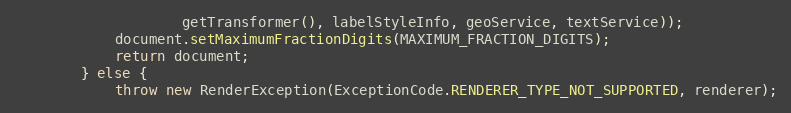
Language: Java
					getTransformer(), labelStyleInfo, geoService, textService));
			document.setMaximumFractionDigits(MAXIMUM_FRACTION_DIGITS);
			return document;
		} else {
			throw new RenderException(ExceptionCode.RENDERER_TYPE_NOT_SUPPORTED, renderer);